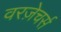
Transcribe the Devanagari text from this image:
वरज़ेचर्स